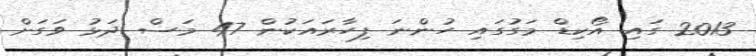
2013 ގައި އޯކިޑް މަގުގައި ހުންނަ ފިހާރައަކުން 47 މަސް ދަޅު ވަގަށް